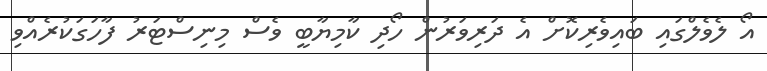
އޯ ލެވެލްގައި ބައިވެރިކޮށް އެ ދަރިވަރުން ހޯދި ކާމިޔާބީ ވެސް މިނިސްޓަރު ފާހަގަކުރެއްވި